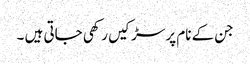
جن کے نام پر سڑکیں رکھی جاتی ہیں ۔